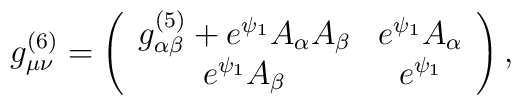
g^{(6)}_{\mu \nu} = \left( \begin{array}{cc}              g^{(5)}_{\alpha \beta} + e^{\psi_1} A_{\alpha} A_{\beta}  &              e^{\psi_1} A_{\alpha} \\             e^{\psi_1} A_{\beta} & e^{\psi_1} \end{array} \right)  ,